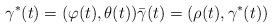
LaTeX: \begin{align*}\gamma^{\ast}(t)=(\varphi(t),\theta(t))\bar{\gamma}(t)=(\rho(t),\gamma^{\ast}(t)) \end{align*}